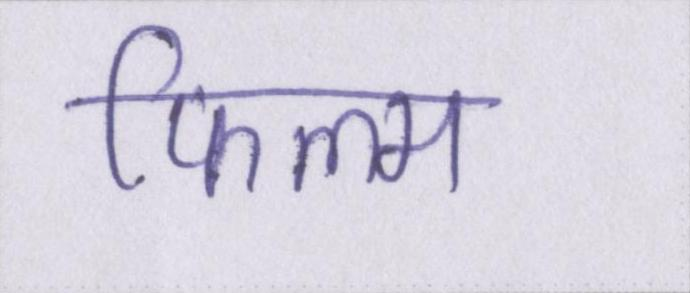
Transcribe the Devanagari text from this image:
फिल्म